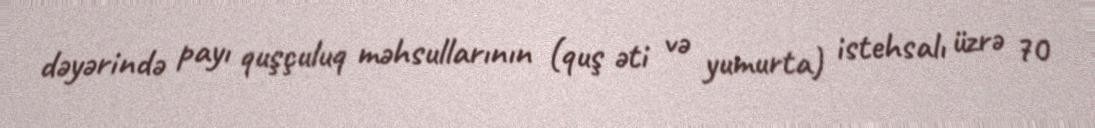
dəyərində payı quşçuluq məhsullarının (quş əti və yumurta) istehsalı üzrə 70